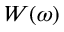
W ( \omega )